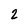
Character: 2